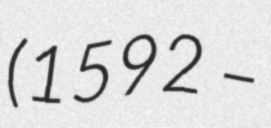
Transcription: (1592 –